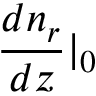
{ \frac { d n _ { r } } { d z } } | _ { 0 }